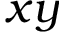
x y